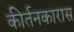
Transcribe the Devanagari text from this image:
कीर्तनकारास